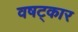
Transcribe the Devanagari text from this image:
वषट्कार